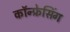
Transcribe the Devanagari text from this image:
कॉन्फ्रेसिंग